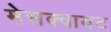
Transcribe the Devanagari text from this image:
मेसक्वायट